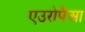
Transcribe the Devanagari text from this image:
एउरोपैआ